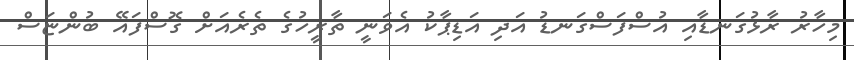
މިހާރު ރާޅުގަނޑާއި އުސްފަސްގަނޑު އަދި އަޑިޕާކު އެވަނީ ތާރީހުގެ ތެރެއަށް ގޮސްފައޭ ބުންޏަސް